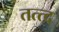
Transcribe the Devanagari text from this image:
तत्त्द